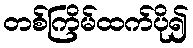
တစ်ကြိမ်ထက်ပို၍